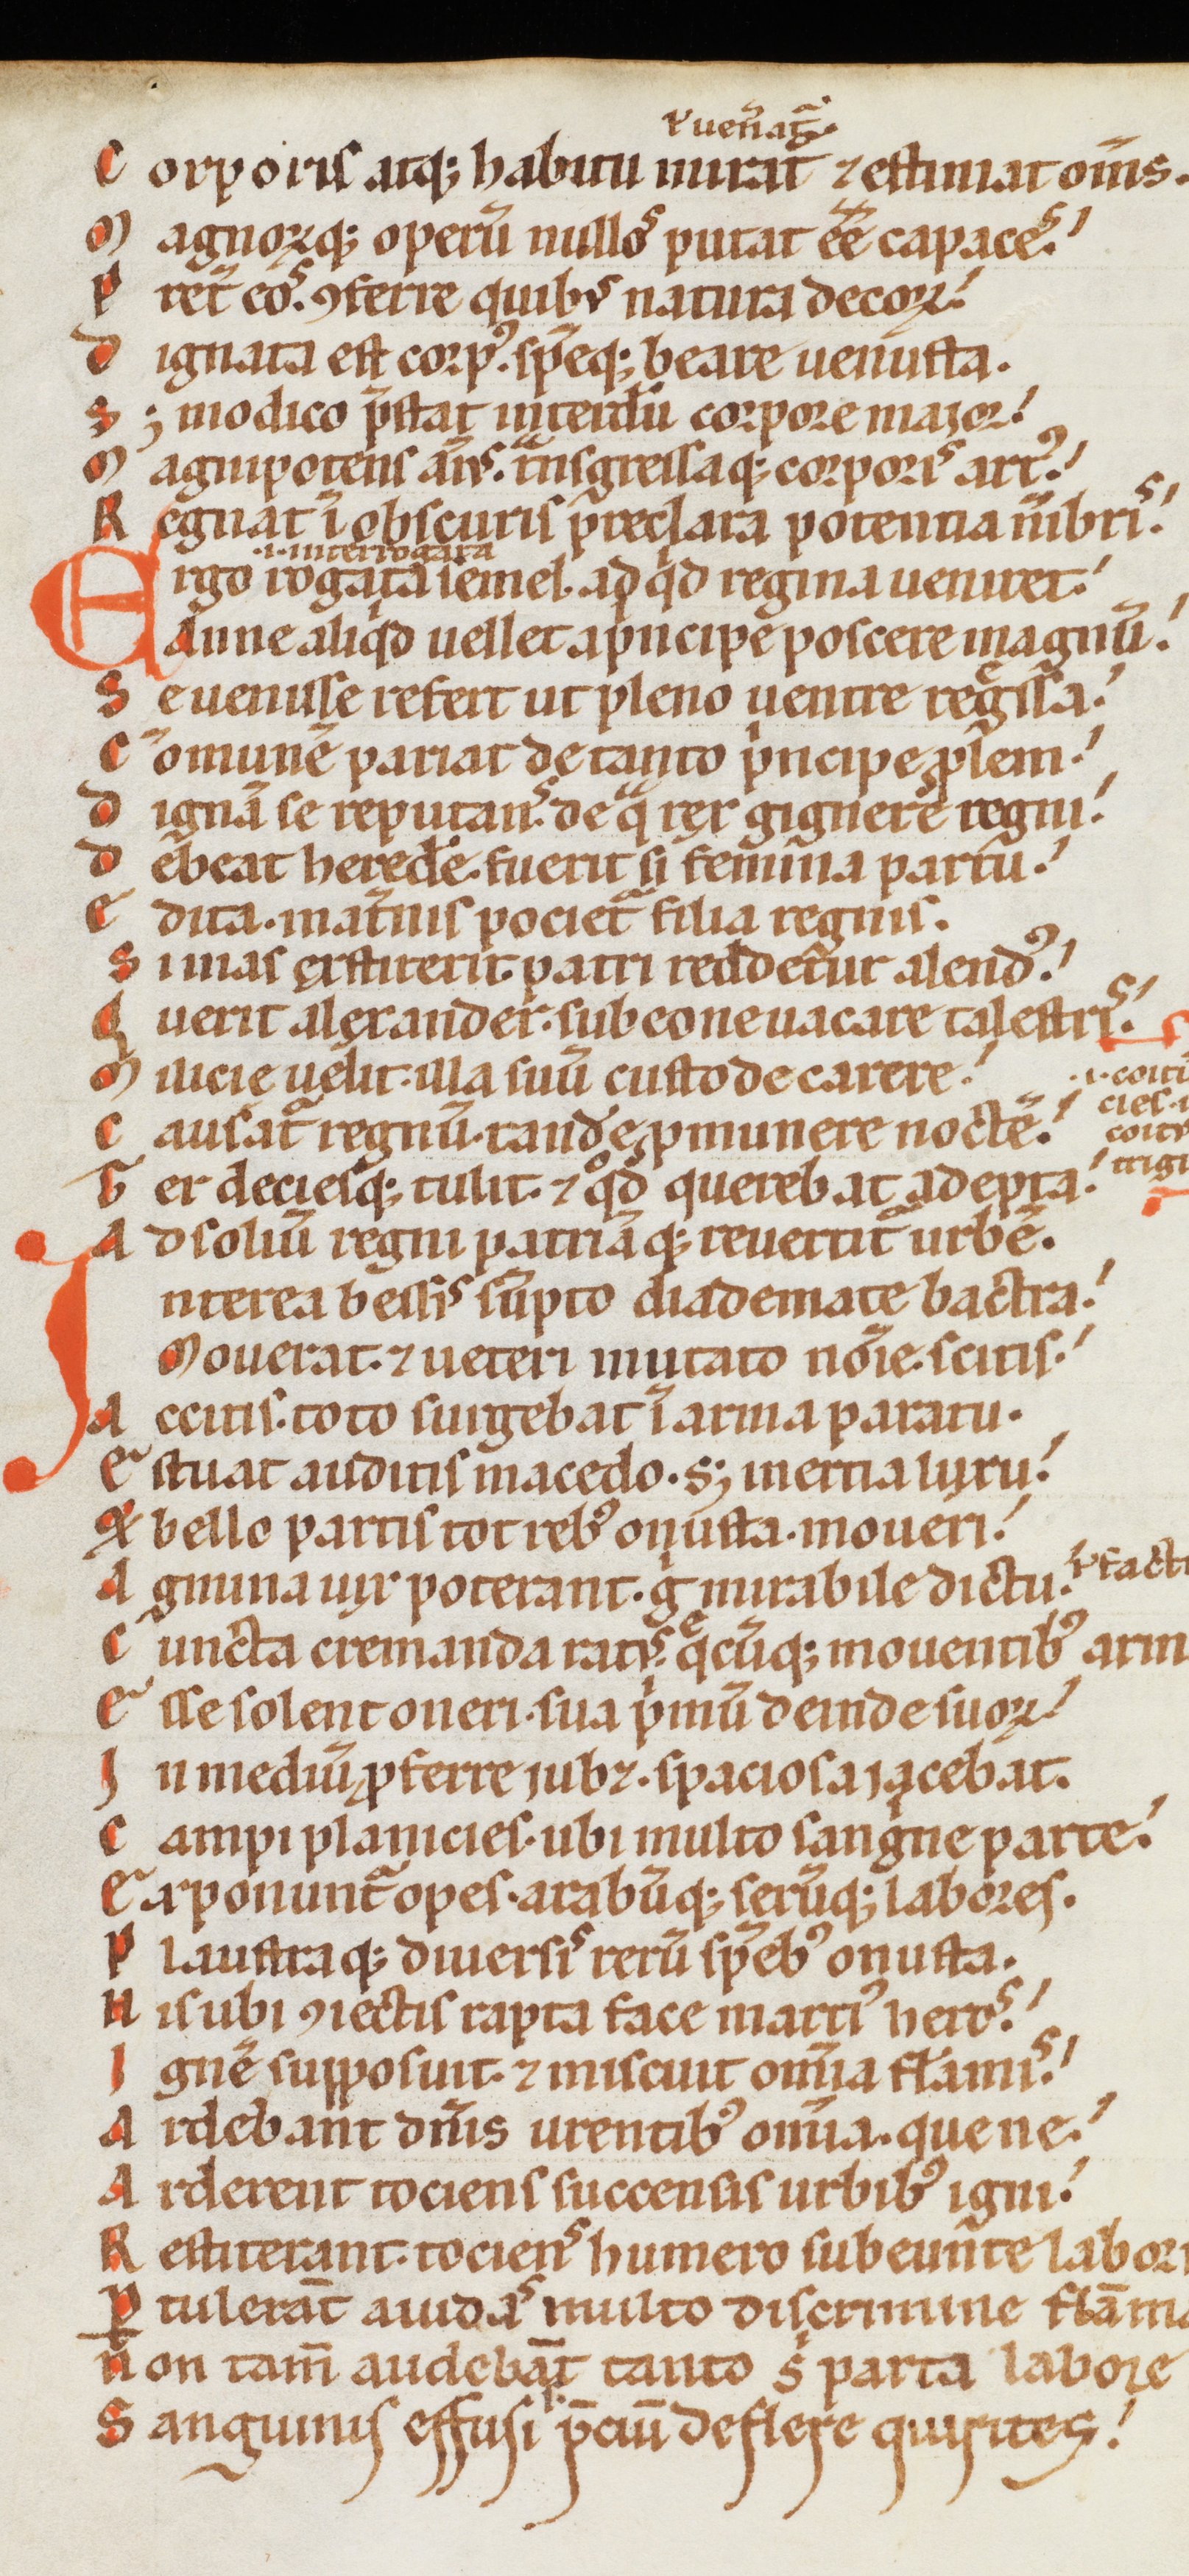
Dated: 1170–1180